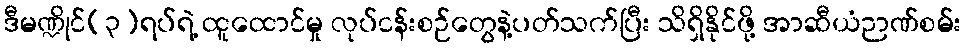
ဒီမဏ္ဍိုင်(၃)ရပ်ရဲ့ ထူထောင်မှု လုပ်ငန်းစဉ်တွေနဲ့ပတ်သက်ပြီး သိရှိနိုင်ဖို့ အာဆီယံဉာဏ်စမ်း